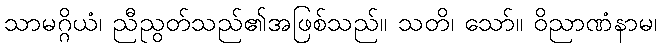
သာမဂ္ဂိယံ၊ ညီညွတ်သည်၏အဖြစ်သည်။ သတိ၊ သော်။ ဝိညာဏံနာမ၊